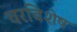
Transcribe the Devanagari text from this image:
वरविशेष